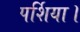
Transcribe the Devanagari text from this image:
पर्शिया।